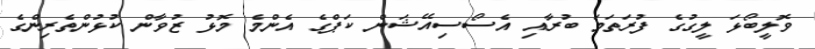
ވޮލީބޯޅަ ލީގުގެ ފުރަތަމަ ބުރާއި އެސޯސިއޭޝަން ކަޕްގެ އެންމެ މޮޅު ޒުވާން ކުޅުންތެރިންގެ